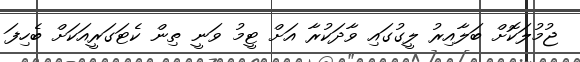
ޖުމުލަކޮށް ބަލާއިރު ލީގުގައި ވާދަކުރާ އަށް ޓީމު ވަނީ ތިން ކެޓަގަރީއަކަށް ބެހިފަ